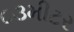
૮૩મીટર